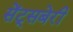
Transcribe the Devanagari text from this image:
सेंट्सबेरी